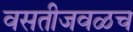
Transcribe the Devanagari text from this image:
वसतीजवळच